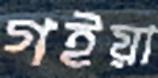
গইয়া